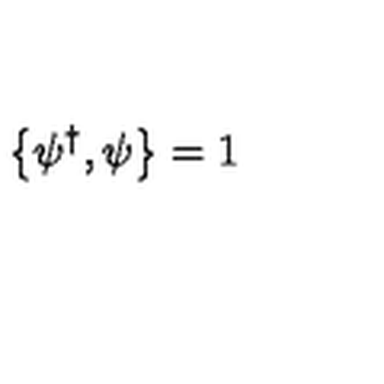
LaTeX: \left\{ \psi ^ { \dagger } , \psi \right\} = 1